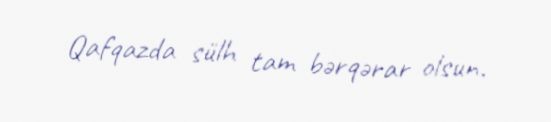
Qafqazda sülh tam bərqərar olsun.